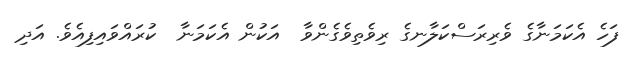
ފަހެ އެކަމަނާގެ ވެރިރަސްކަލާނގެ ރިވެތިވެގެންވާ  އަކުން އެކަމަނާ  ކުރައްވައިފިއެވެ. އަދި